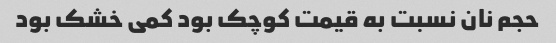
حجم نان نسبت به قیمت کوچک بود کمی خشک بود